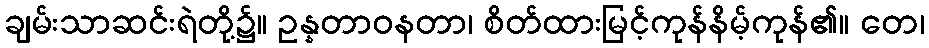
ချမ်းသာဆင်းရဲတို့၌။ ဥန္နတာဝနတာ၊ စိတ်ထားမြင့်ကုန်နိမ့်ကုန်၏။ တေ၊